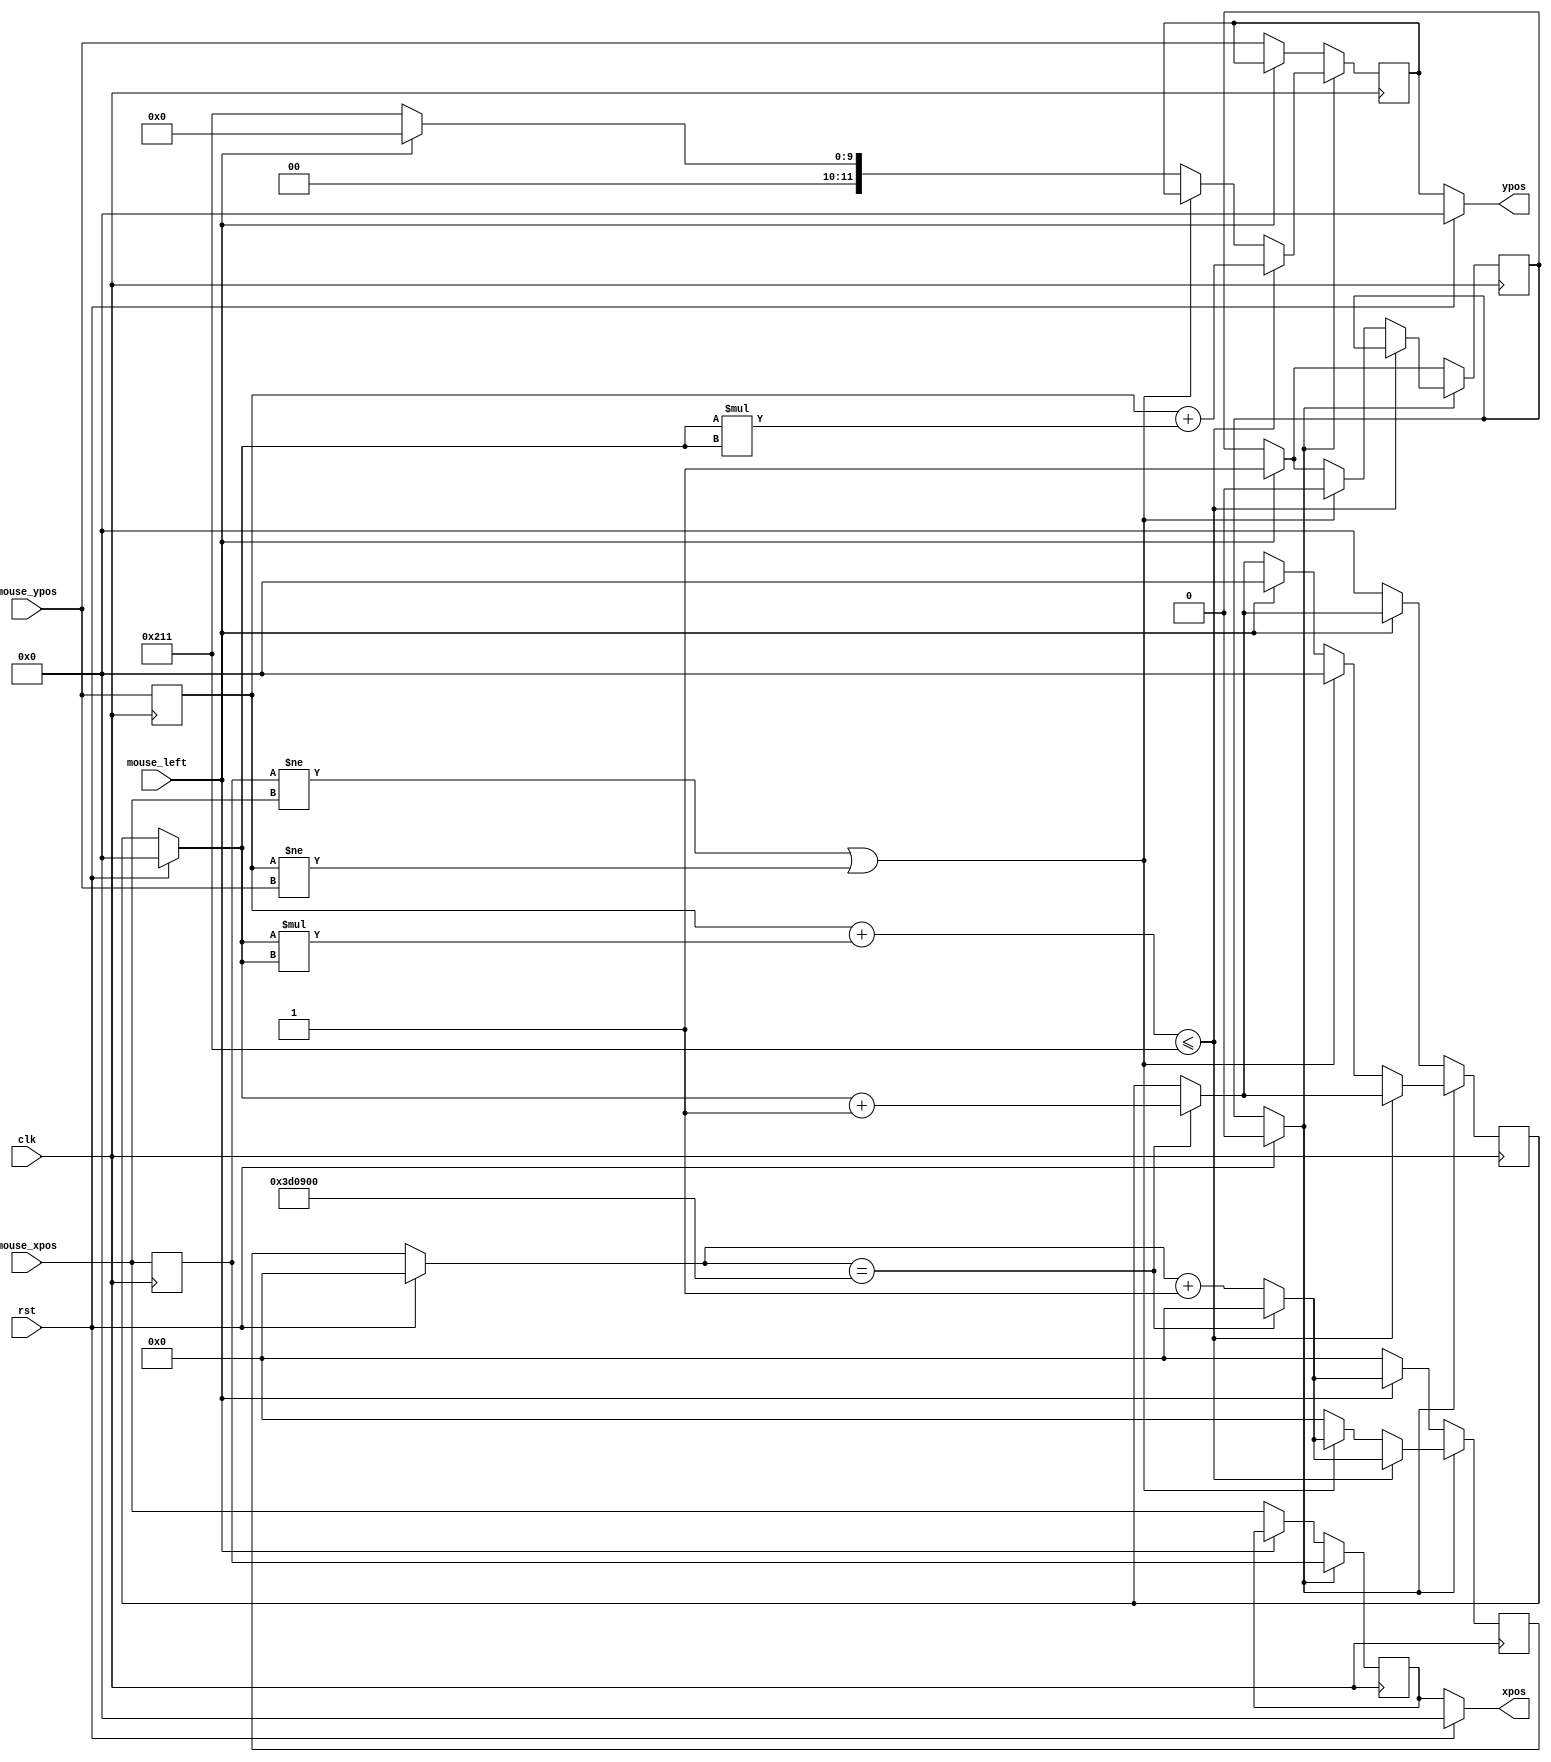
`timescale 1ns / 1ps
//////////////////////////////////////////////////////////////////////////////////
// Company: 
// Engineer: 
// 
// Design Name: 
// Module Name: draw_rect_ctl
// Project Name: 
// Target Devices: 
// Tool Versions: 
// Description: 
// 
// Dependencies: 
// 
// Revision:
// Revision 0.01 - File Created
// Additional Comments:
// 
//////////////////////////////////////////////////////////////////////////////////


module draw_rect_ctl(
    input wire mouse_left,
    input wire rst,
    input wire clk,
    input wire [11:0] mouse_xpos,
    input wire [11:0] mouse_ypos,
    
    output reg [11:0] xpos,
    output reg [11:0] ypos
    );
    
    reg [11:0] xpos_nxt=0, ypos_nxt=0;
    reg [11:0] xpos_init=0, ypos_init=0;
    reg [23:0] counter=0,counter_nxt=0;
    reg [11:0] time_stamp=0,time_stamp_nxt=0;
    reg state, state_nxt;
    
    localparam COUNTER_RESET=4000000;
    localparam DOWN_OF_SCREEN=529;
    localparam IDLE=1'b0;
    localparam WORK=1'b1;


always @(posedge clk)begin
       xpos_init<=mouse_xpos;
       ypos_init<=mouse_ypos;          
end

always @(posedge clk) begin 
    if(counter==COUNTER_RESET)begin
               counter_nxt<=0;
               time_stamp_nxt<=(time_stamp+1);
               end
    else begin  
               counter_nxt<=counter+1;
               end
               
   if(state==IDLE)begin
            if(mouse_left)begin
                    state_nxt<=WORK;
                    end
            else begin
                    ypos_nxt<=mouse_ypos;
                    xpos_nxt<=mouse_xpos;
                    counter_nxt<=0;
                    time_stamp_nxt<=0;
                    end
             end
     else if(state==WORK)begin
        xpos_nxt<=xpos_init;
        if((ypos_init+(time_stamp*time_stamp))<=DOWN_OF_SCREEN)begin
            ypos_nxt<=(ypos_init+(time_stamp*time_stamp));
            end
        else begin
            if((xpos_init!=mouse_xpos)||(ypos_init!=mouse_ypos))begin
                state_nxt<=IDLE;
                time_stamp_nxt<=0;
                end
            else if(mouse_left)begin
                 state_nxt<=WORK;
                 ypos_nxt<=0;
                 counter_nxt<=0;
                 time_stamp_nxt<=0;
                 end                 
            else begin
                ypos_nxt<=DOWN_OF_SCREEN;
                counter_nxt<=0;
                end
            end
        end
end

always @* begin    
    if(rst)begin
        time_stamp<=0;
        counter<=0;
        state<=0;
        end
    else begin
        state<=state_nxt;
        time_stamp<=time_stamp_nxt;
        counter<=counter_nxt;
        end
end

always @* begin
    if(rst)begin
        xpos<=0;
        ypos<=0;
        end
    else begin
        xpos<=xpos_nxt;
        ypos<=ypos_nxt;
        end
end
   
    
endmodule